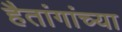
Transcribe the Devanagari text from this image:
हैतांगांच्या